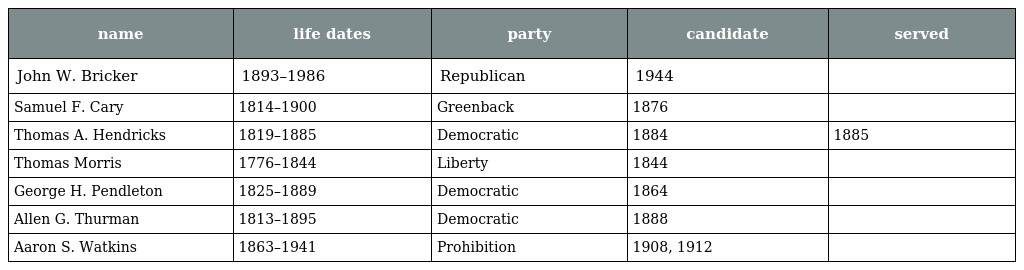
| name | life dates | party | candidate | served |
 | --- | --- | --- | --- | --- |
 | John W. Bricker | 1893–1986 | Republican | 1944 |  |
 | Samuel F. Cary | 1814–1900 | Greenback | 1876 |  |
 | Thomas A. Hendricks | 1819–1885 | Democratic | 1884 | 1885 |
 | Thomas Morris | 1776–1844 | Liberty | 1844 |  |
 | George H. Pendleton | 1825–1889 | Democratic | 1864 |  |
 | Allen G. Thurman | 1813–1895 | Democratic | 1888 |  |
 | Aaron S. Watkins | 1863–1941 | Prohibition | 1908, 1912 |  |